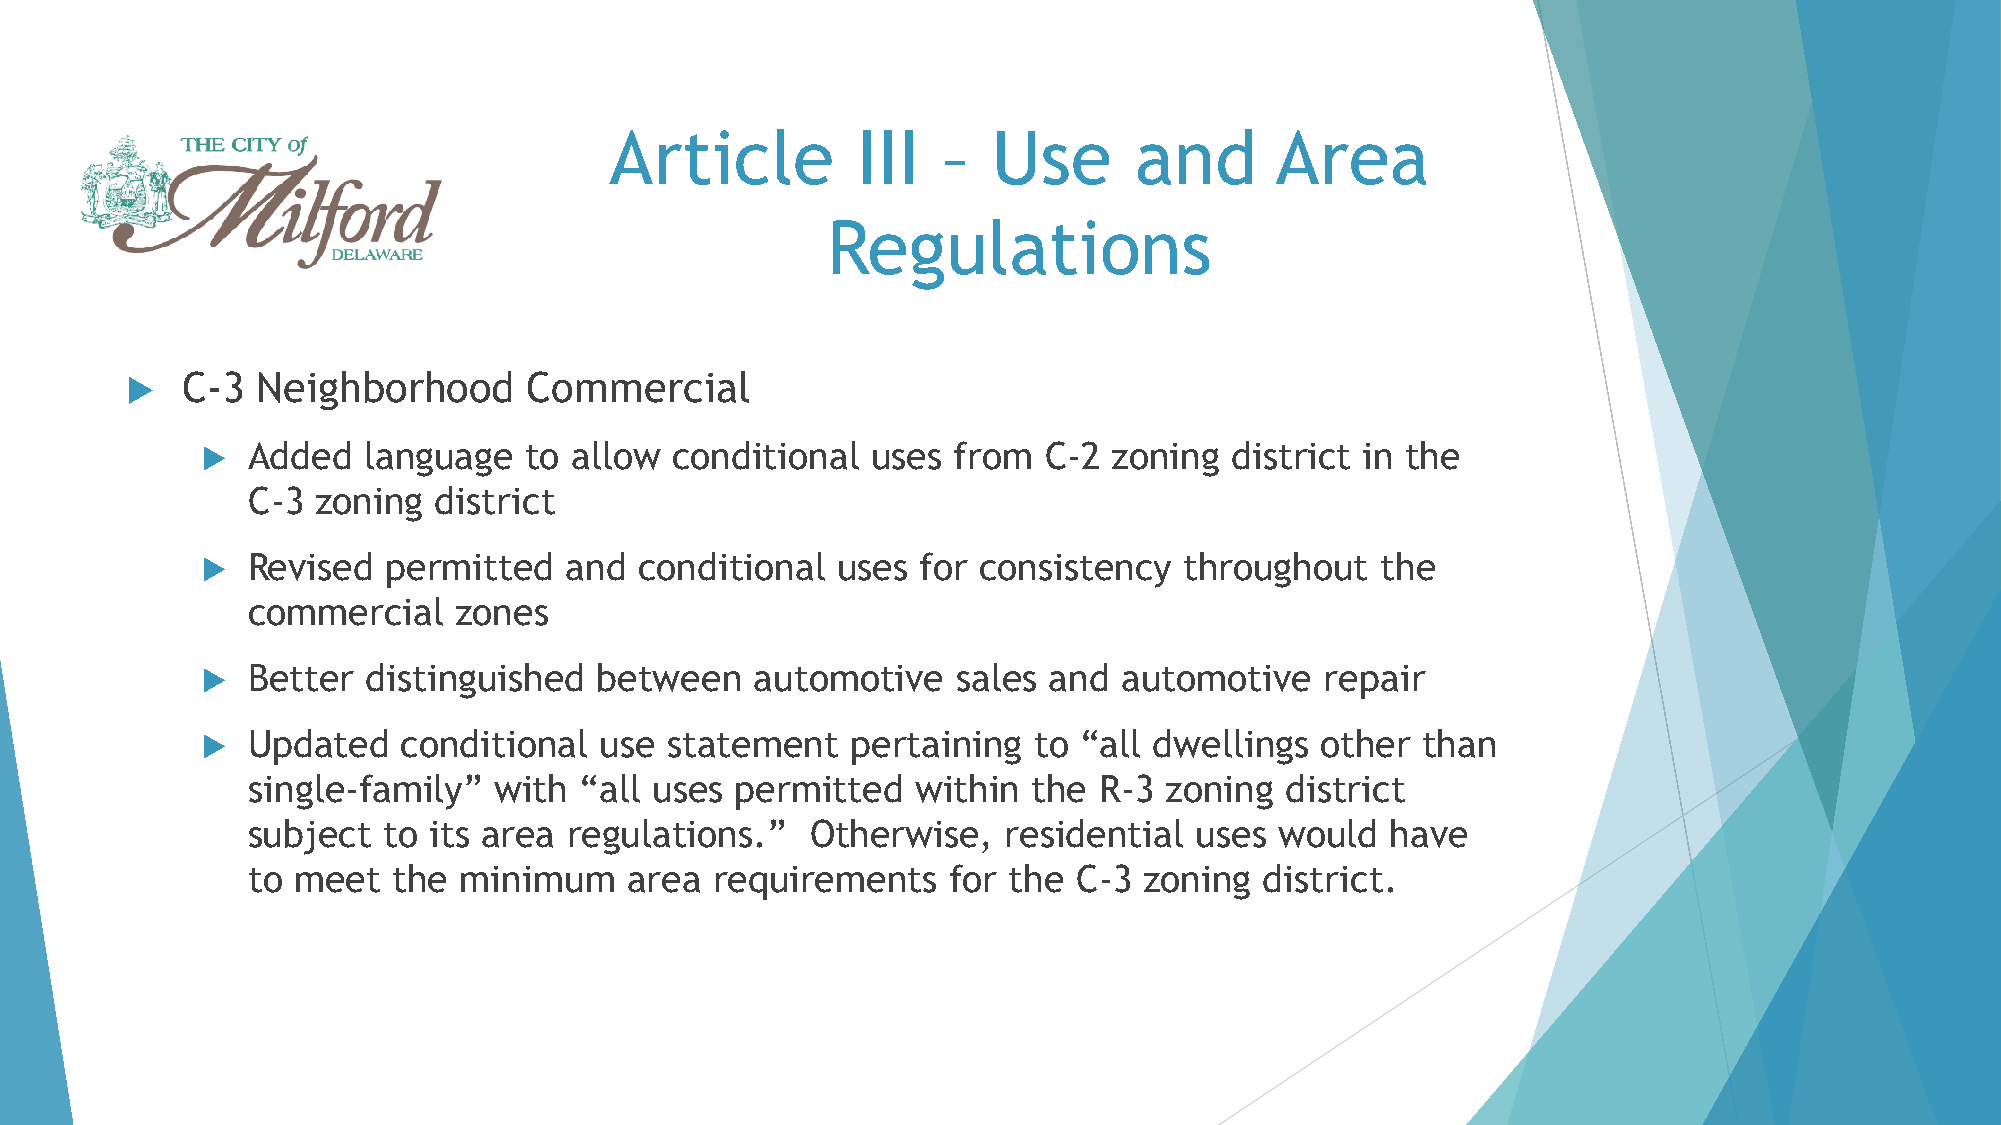
Article          III  –   Use      and      Area
 Regulations
    C-3  Neighborhood      Commercial
   Added   language   to allow  conditional  uses from  C-2  zoning  district in the
 C-3  zoning  district
   Revised   permitted  and  conditional  uses  for consistency  throughout   the
 commercial    zones
   Better  distinguished   between   automotive   sales and  automotive    repair
   Updated    conditional  use statement   pertaining  to  “all dwellings other  than
 single-family”   with “all uses  permitted   within the  R-3 zoning  district
 subject  to its area  regulations.”   Otherwise,   residential uses  would  have
 to meet   the minimum     area requirements    for the C-3  zoning  district.